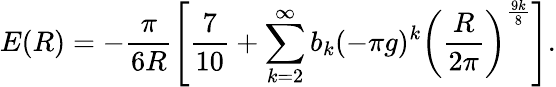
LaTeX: E(R)=-\frac{\pi}{6R}\left[{\frac{7}{10}}+\sum_{k=2}^{\infty}b_{k}(-\pi g)^{k}\left(\frac{R}{2\pi}\right)^{\frac{9k}{8}}\right].